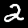
Label: 2